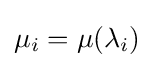
\mu _{i}=\mu (\lambda _{i})